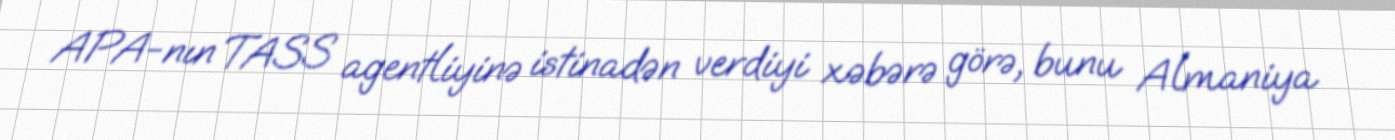
APA-nın TASS agentliyinə istinadən verdiyi xəbərə görə, bunu Almaniya